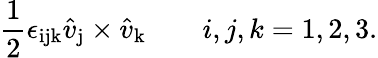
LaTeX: {\frac{1}{2}}\epsilon_{\mathrm{ijk}}\hat{v}_{\mathrm{j}}\times\hat{v}_{\mathrm{k}}\qquad i,j,k=1,2,3.